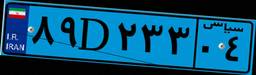
۶۸D۰۵۹۷۵